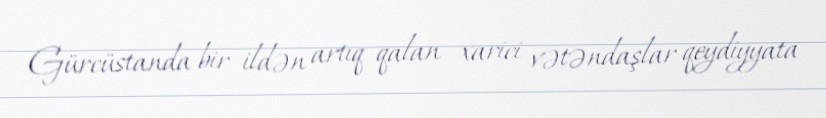
Gürcüstanda bir ildən artıq qalan xarici vətəndaşlar qeydiyyata